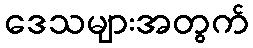
ဒေသများအတွက်